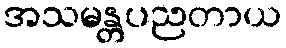
အသမန္တပညတာယ